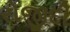
રોજીદી